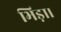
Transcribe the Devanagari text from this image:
भिड़ा।